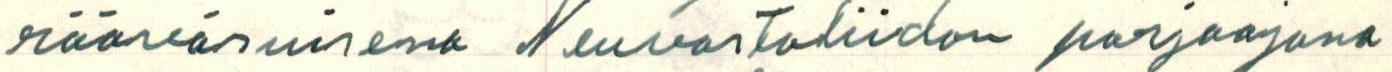
rääväsuisena Neuvostoliidon parjaajana